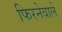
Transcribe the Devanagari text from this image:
फिरनेवाले